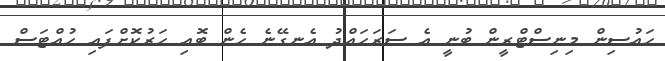
ހައުސިން މިނިސްޓްރީން ބުނީ އެ ސަރަހައްދު އެނގޭނެ ހެން ބޮއި ހަރުކޮށްފައި ހުއްޓަސް